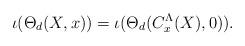
LaTeX: \begin{align*}\iota(\Theta_d(X,x))=\iota(\Theta_d(C_x^\Lambda(X),0)).\end{align*}